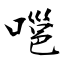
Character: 嗈